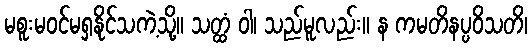
မစူးမဝင်မရှနိုင်သကဲ့သို့။ သတ္ထံ ဝါ၊ သည်မူလည်း။ န ကမတိနပ္ပဝိသတိ၊